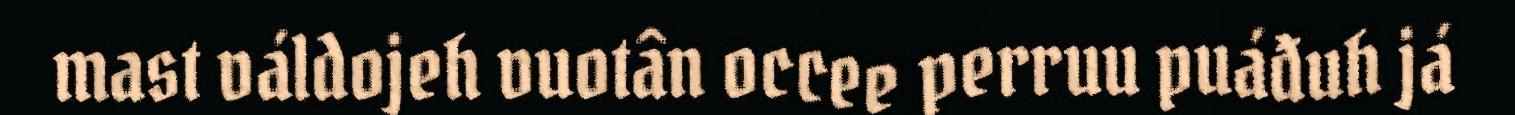
mast váldojeh vuotân occee perruu puáđuh já